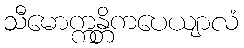
သီမောက္ကန္တိကပေယျာလံ